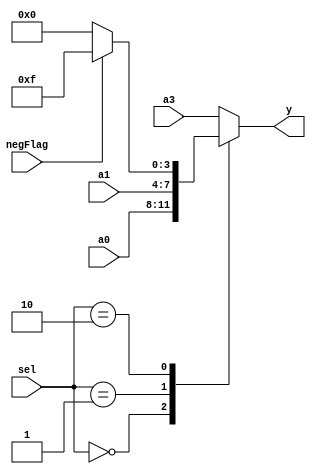
module Mux4to1_s(y, a0, a1, negFlag, a3, sel);

    input [3:0] a0, a1, a3;                                 
    input [1:0] sel;                                    //selector 
    input negFlag; 

    output reg [3:0] y; 
    reg [3:0] a2; 

    always @(sel or a0 or a1 or a2 or a3 or negFlag) begin
        case (sel)
            2'b00 : y = a0; 
            2'b01 : y = a1;
            2'b10 : begin                               //this is the neg sign
                if(negFlag)begin
                    a2 = 4'b1111; 
                end
                else begin
                    a2 = 4'b0000; 
                end
                y = a2; 
            end                                        
            default: 
            y = a3;                                     //Off display
        endcase
    end

endmodule